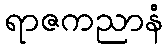
ရာဇကညာနံ